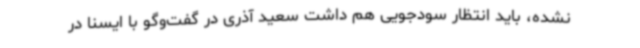
نشده، باید انتظار سودجویی هم داشت سعید آذری در گفت‌وگو با ایسنا در